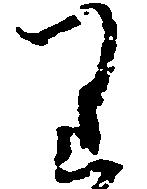
り